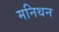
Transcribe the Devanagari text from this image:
मनिथन